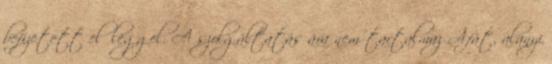
befizetett előleggel. A szolgáltatás ára nem tartalmaz Áfát, alanyi